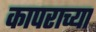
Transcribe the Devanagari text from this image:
कापराच्या